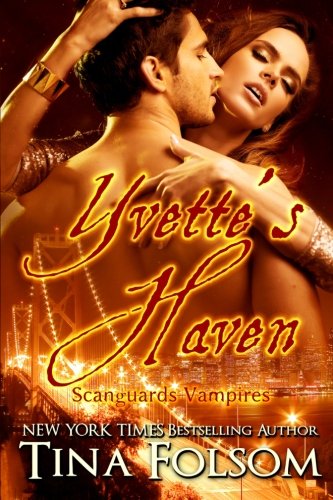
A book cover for Yvette's Haven: Scanguards Vampires; Tina Folsom; Romance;